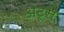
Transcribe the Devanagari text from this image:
अटूस